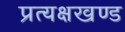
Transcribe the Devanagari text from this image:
प्रत्यक्षखण्ड